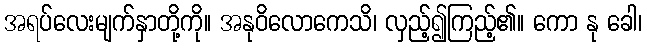
အရပ်လေးမျက်နှာတို့ကို။ အနုဝိလောကေသိ၊ လှည့်၍ကြည့်၏။ ကော နု ခေါ၊